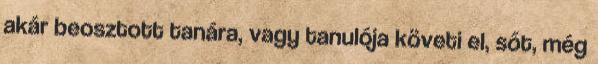
akár beosztott tanára, vagy tanulója követi el, sőt, még